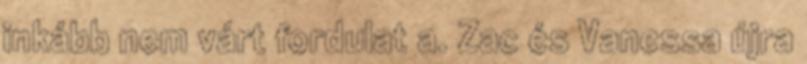
inkább nem várt fordulat a. Zac és Vanessa újra